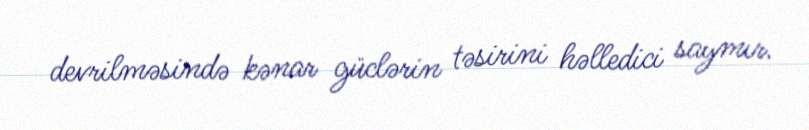
devrilməsində kənar güclərin təsirini həlledici saymır.